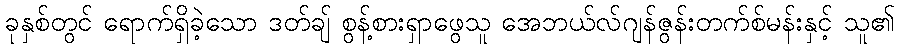
ခုနှစ်တွင် ရောက်ရှိခဲ့သော ဒတ်ချ် စွန့်စားရှာဖွေသူ အေဘယ်လ်ဂျန်ဇွန်းတက်စ်မန်းနှင့် သူ၏